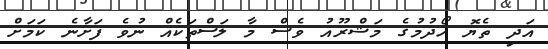
އަދި ތެޔޮ ހޯދުމުގެ މަޝްރޫއު ވެސް މާ ލަސްތަކެއް ނުވެ ފަށާނެ ކަމަށް